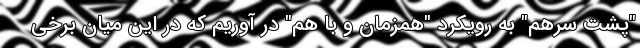
"پشت سرهم" به رویکرد "همزمان و با هم" در آوریم که در این میان برخی